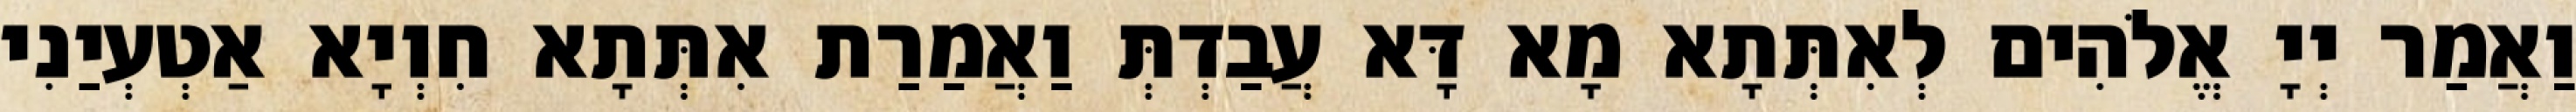
וַאֲמַר יְיָ אֱלֹהִים לְאִתְּתָא מָא דָּא עֲבַדְתְּ וַאֲמַרַת אִתְּתָא חִוְיָא אַטְעְיַנִי